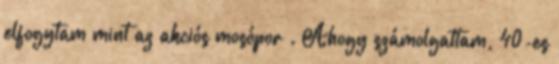
elfogytam mint az akciós mosópor . Ahogy számolgattam, 40-es